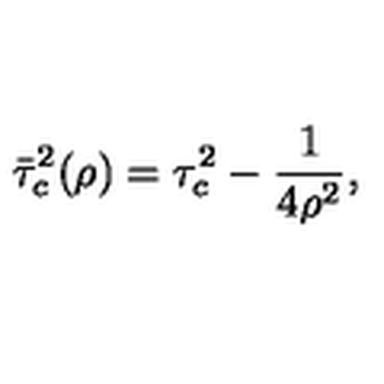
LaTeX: \bar { \tau } _ { c } ^ { 2 } ( \rho ) = \tau _ { c } ^ { 2 } - \frac { 1 } { 4 \rho ^ { 2 } } { , }